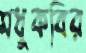
মধুকবির